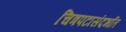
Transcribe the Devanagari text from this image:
चित्रपटासंदर्भात